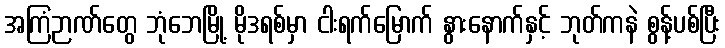
အကြံဉာဏ်တွေ ဘုံဘေမြို့ မိုဒရစ်မှာ ငါးရက်မြောက် နွားနောက်နှင့် ဘုတ်ကနဲ စွန့်ပစ်ပြီး